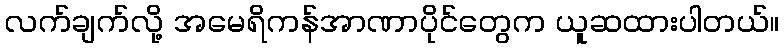
လက်ချက်လို့ အမေရိကန်အာဏာပိုင်တွေက ယူဆထားပါတယ်။